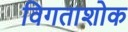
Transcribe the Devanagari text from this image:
विगताशोक